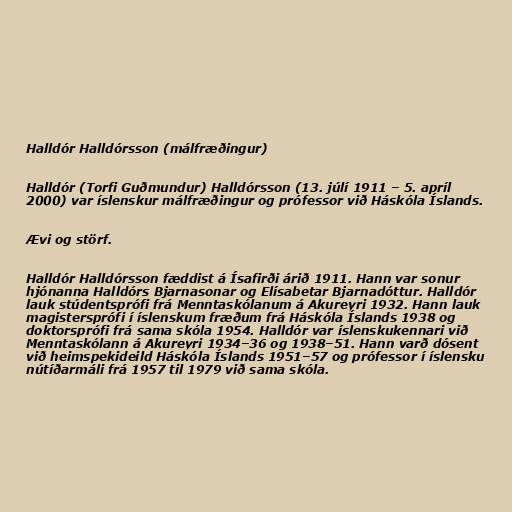
Halldór Halldórsson (málfræðingur)

Halldór (Torfi Guðmundur) Halldórsson (13. júlí 1911 – 5. apríl
2000) var íslenskur málfræðingur og prófessor við Háskóla Íslands.

Ævi og störf.

Halldór Halldórsson fæddist á Ísafirði árið 1911. Hann var sonur
hjónanna Halldórs Bjarnasonar og Elísabetar Bjarnadóttur. Halldór
lauk stúdentsprófi frá Menntaskólanum á Akureyri 1932. Hann lauk
magistersprófi í íslenskum fræðum frá Háskóla Íslands 1938 og
doktorsprófi frá sama skóla 1954. Halldór var íslenskukennari við
Menntaskólann á Akureyri 1934–36 og 1938–51. Hann varð dósent
við heimspekideild Háskóla Íslands 1951–57 og prófessor í íslensku
nútíðarmáli frá 1957 til 1979 við sama skóla.